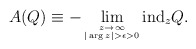
\begin{align*}A(Q)\equiv -\lim_{\stackrel{z\rightarrow \infty}{\scriptscriptstyle |\arg z|>\epsilon >0}}\mbox{ind}_z Q.\end{align*}